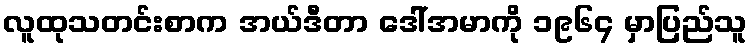
လူထုသတင်းစာက အယ်ဒီတာ ဒေါ်အမာကို ၁၉၆၄ မှာပြည်သူ